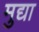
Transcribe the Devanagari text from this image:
मुद्या